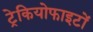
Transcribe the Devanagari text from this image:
ट्रेकियोफाइटों